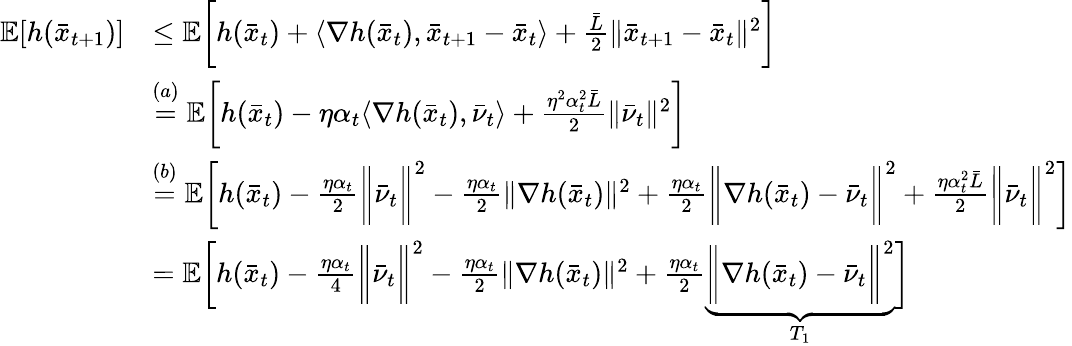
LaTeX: \begin{array}{rl}{\mathbb{E}[h(\bar{x}_{t+1})]}&{\leq\mathbb{E}\bigg[h(\bar{x}_{t})+\langle\nabla h(\bar{x}_{t}),\bar{x}_{t+1}-\bar{x}_{t}\rangle+\frac{\bar{L}}{2}\| \bar{x}_{t+1}-\bar{x}_{t}\| ^{2}\bigg]}\\ &{\overset{(a)}{=}\mathbb{E}\bigg[h(\bar{x}_{t})-\eta\alpha_{t}\langle\nabla h(\bar{x}_{t}),\bar{\nu}_{t}\rangle+\frac{\eta^{2}\alpha_{t}^{2}\bar{L}}{2}\| \bar{\nu}_{t}\| ^{2}\bigg]}\\ &{\overset{(b)}{=}\mathbb{E}\bigg[h(\bar{x}_{t})-\frac{\eta\alpha_{t}}{2}\bigg\| \bar{\nu}_{t}\bigg\| ^{2}-\frac{\eta\alpha_{t}}{2}\| \nabla h(\bar{x}_{t})\| ^{2}+\frac{\eta\alpha_{t}}{2}\bigg\| \nabla h(\bar{x}_{t})-\bar{\nu}_{t}\bigg\| ^{2}+\frac{\eta\alpha_{t}^{2}\bar{L}}{2}\bigg\| \bar{\nu}_{t}\bigg\| ^{2}\bigg]}\\ &{=\mathbb{E}\bigg[h(\bar{x}_{t})-\frac{\eta\alpha_{t}}{4}\bigg\| \bar{\nu}_{t}\bigg\| ^{2}-\frac{\eta\alpha_{t}}{2}\| \nabla h(\bar{x}_{t})\| ^{2}+\frac{\eta\alpha_{t}}{2}\underbrace{\bigg\| \nabla h(\bar{x}_{t})-\bar{\nu}_{t}\bigg\| ^{2}}_{T_{1}}\bigg]}\end{array}